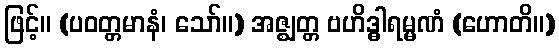
ဖြင့်။ (ပဝတ္တမာနံ၊ သော်။) အဇ္ဈတ္တ ဗဟိဒ္ဓါရမ္မဏံ (ဟောတိ။)